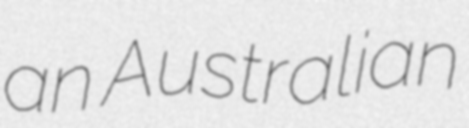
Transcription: an Australian